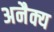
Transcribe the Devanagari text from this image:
अनैक्य